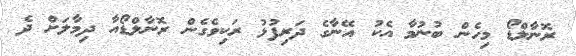
ރޮނާލްޑޯ މިހެން ބުނުމާ އެކު އޭނާގެ ދަރިފުޅު ރަކިވެގެން ރޮނާލްޑޯއާ ދިމާލަށް ދެ